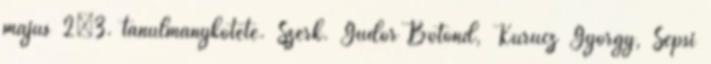
május 2–3. tanulmánykötete. Szerk. Gudor Botond, Kurucz György, Sepsi